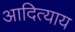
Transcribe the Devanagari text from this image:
आदित्याय